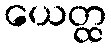
ယေတ္ထ